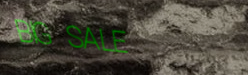
BIG SALE